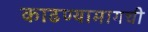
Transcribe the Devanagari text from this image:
काढण्यामागची